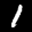
Label: 1